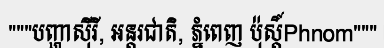
"""បញ្ហាស៊ីរី, អន្តរជាតិ, ភ្នំពេញ ប៉ុស្តិ៍Phnom"""